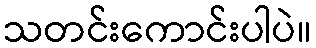
သတင်းကောင်းပါပဲ။